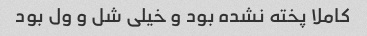
کاملا پخته نشده بود و خیلی شل و ول بود